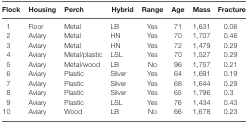
<table><thead><tr><td><b>Flock</b></td><td><b>Housing</b></td><td><b>Perch</b></td><td><b>Hybrid</b></td><td><b>Range</b></td><td><b>Age</b></td><td><b>Mass</b></td><td><b>Fracture</b></td></tr></thead><tbody><tr><td>1</td><td>Floor</td><td>Metal</td><td>LB</td><td>Yes</td><td>71</td><td>1,631</td><td>0.06</td></tr><tr><td>2</td><td>Aviary</td><td>Metal</td><td>HN</td><td>Yes</td><td>70</td><td>1,707</td><td>0.46</td></tr><tr><td>3</td><td>Aviary</td><td>Metal</td><td>HN</td><td>Yes</td><td>72</td><td>1,479</td><td>0.29</td></tr><tr><td>4</td><td>Aviary</td><td>Metal/plastic</td><td>LSL</td><td>Yes</td><td>70</td><td>1,527</td><td>0.29</td></tr><tr><td>5</td><td>Aviary</td><td>Metal/wood</td><td>LB</td><td>No</td><td>96</td><td>1,757</td><td>0.21</td></tr><tr><td>6</td><td>Aviary</td><td>Plastic</td><td>Silver</td><td>Yes</td><td>64</td><td>1,691</td><td>0.19</td></tr><tr><td>7</td><td>Aviary</td><td>Plastic</td><td>Silver</td><td>Yes</td><td>68</td><td>1,644</td><td>0.29</td></tr><tr><td>8</td><td>Aviary</td><td>Plastic</td><td>Silver</td><td>Yes</td><td>65</td><td>1,796</td><td>0.3</td></tr><tr><td>9</td><td>Aviary</td><td>Plastic</td><td>LSL</td><td>Yes</td><td>76</td><td>1,434</td><td>0.43</td></tr><tr><td>10</td><td>Aviary</td><td>Wood</td><td>LB</td><td>No</td><td>66</td><td>1,678</td><td>0.23</td></tr></tbody></table>